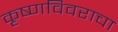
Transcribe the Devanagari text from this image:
कृष्णविवराचा